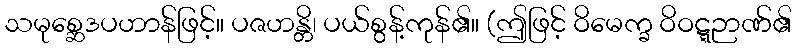
သမုစ္ဆေဒပဟာန်ဖြင့်။ ပဇဟန္တိ၊ ပယ်စွန့်ကုန်၏။ (ဤဖြင့် ဝိမေက္ခ ဝိဝဋ္ဋဉာဏ်၏